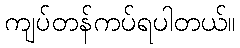
ကျပ်တန်ကပ်ရပါတယ်။